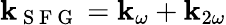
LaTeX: \textbf{k}_{\mathrm{~S~F~G~}}=\textbf{k}_{\omega}+\textbf{k}_{2\omega}